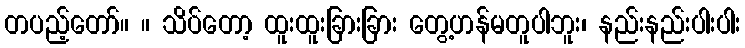
တပည့်တော်။ ။ သိပ်တော့ ထူးထူးခြားခြား တွေ့ဟန်မတူပါဘူး၊ နည်းနည်းပါးပါး